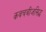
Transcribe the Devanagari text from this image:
कवचबीजसिद्ध